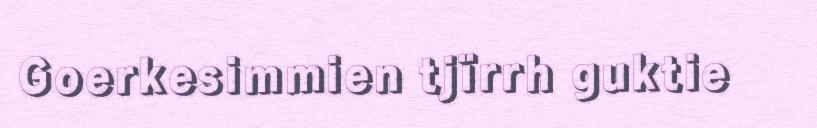
Goerkesimmien tjïrrh guktie